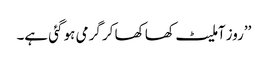
’’روز آملیٹ کھا کھا کر گرمی ہو گئی ہے۔